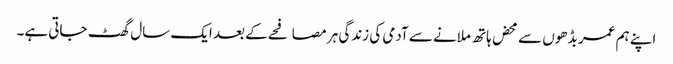
اپنے ہم عمر بڈھوں سے محض ہاتھ ملانے سے آدمی کی زندگی ہر مصافحے کے بعد ایک سال گھٹ جاتی ہے۔